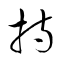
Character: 持